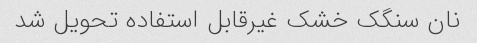
نان سنگک خشک غیرقابل استفاده تحویل شد